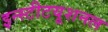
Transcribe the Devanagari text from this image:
इन्स्टीटयूशनल